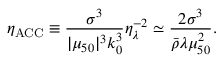
\eta _ { \mathrm { A C C } } \equiv \frac { \sigma ^ { 3 } } { | \mu _ { 5 0 } | ^ { 3 } k _ { 0 } ^ { 3 } } \eta _ { \lambda } ^ { - 2 } \simeq \frac { 2 \sigma ^ { 3 } } { { \bar { \rho } } \lambda \mu _ { 5 0 } ^ { 2 } } .